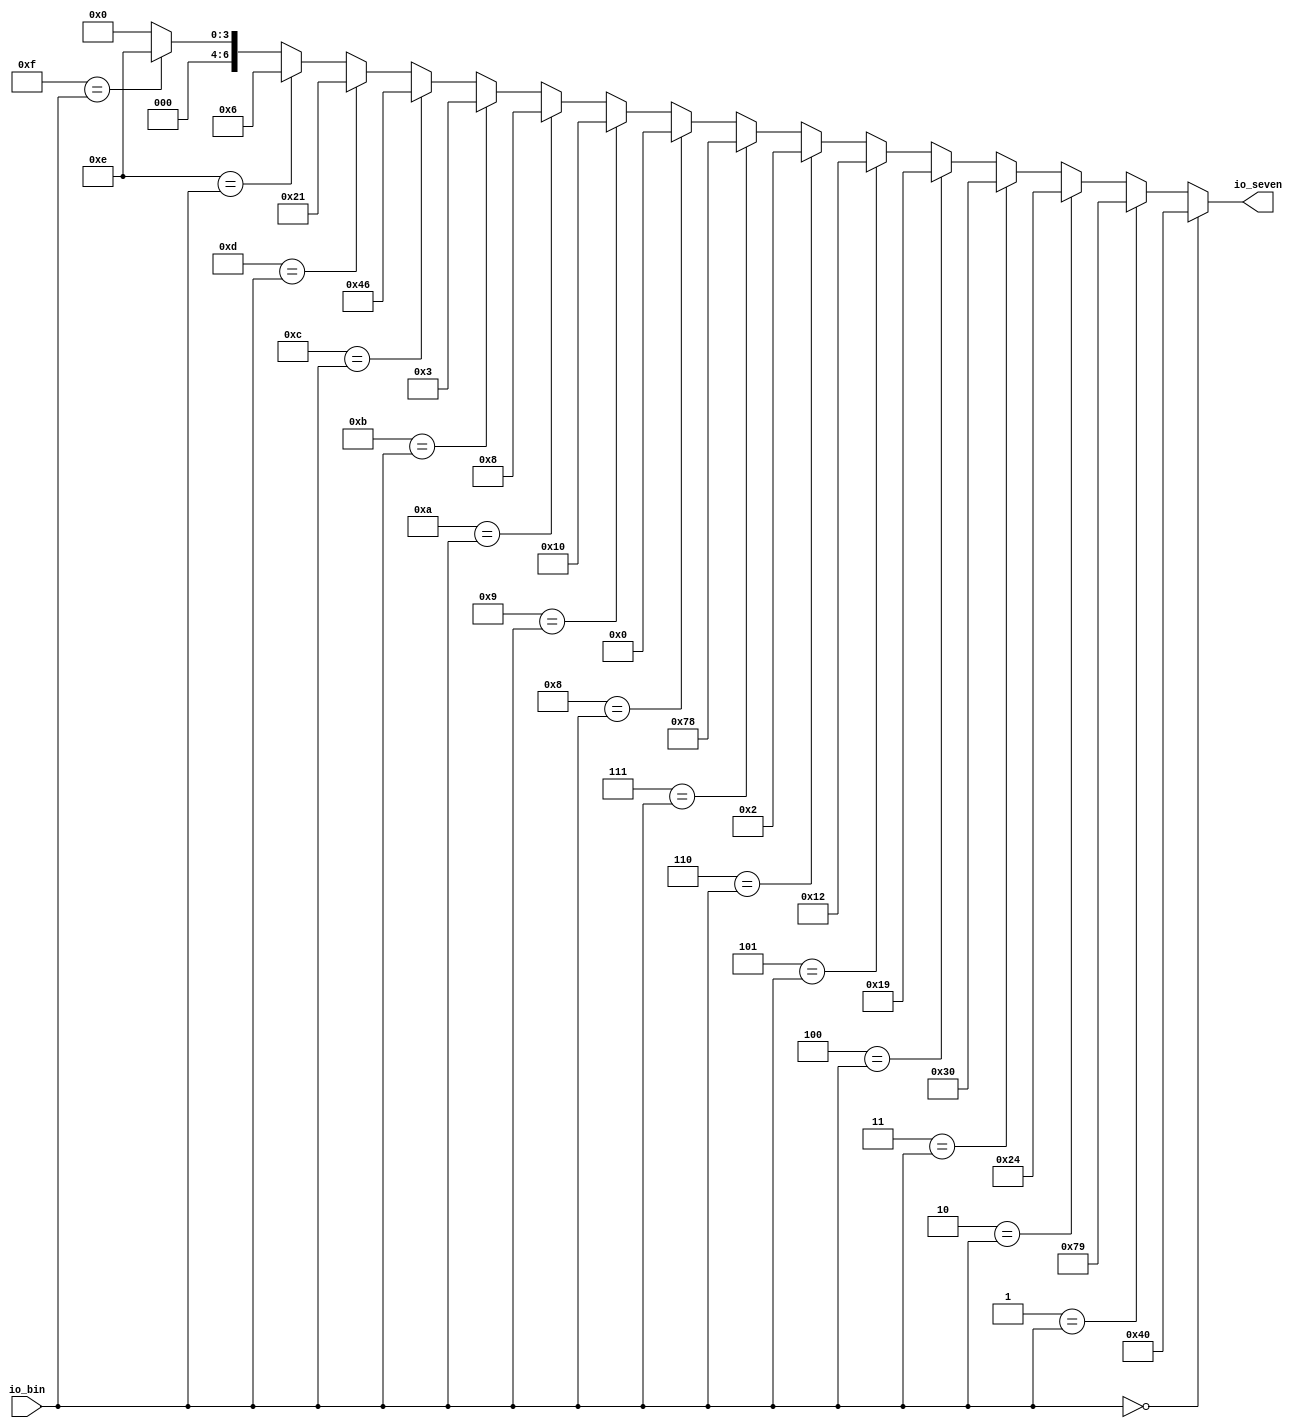
module decoder(
  input  [3:0] io_bin,
  output [6:0] io_seven
);
  wire  _T = 4'h0 == io_bin; // @[Conditional.scala 37:30]
  wire  _T_1 = 4'h1 == io_bin; // @[Conditional.scala 37:30]
  wire  _T_2 = 4'h2 == io_bin; // @[Conditional.scala 37:30]
  wire  _T_3 = 4'h3 == io_bin; // @[Conditional.scala 37:30]
  wire  _T_4 = 4'h4 == io_bin; // @[Conditional.scala 37:30]
  wire  _T_5 = 4'h5 == io_bin; // @[Conditional.scala 37:30]
  wire  _T_6 = 4'h6 == io_bin; // @[Conditional.scala 37:30]
  wire  _T_7 = 4'h7 == io_bin; // @[Conditional.scala 37:30]
  wire  _T_8 = 4'h8 == io_bin; // @[Conditional.scala 37:30]
  wire  _T_9 = 4'h9 == io_bin; // @[Conditional.scala 37:30]
  wire  _T_10 = 4'ha == io_bin; // @[Conditional.scala 37:30]
  wire  _T_11 = 4'hb == io_bin; // @[Conditional.scala 37:30]
  wire  _T_12 = 4'hc == io_bin; // @[Conditional.scala 37:30]
  wire  _T_13 = 4'hd == io_bin; // @[Conditional.scala 37:30]
  wire  _T_14 = 4'he == io_bin; // @[Conditional.scala 37:30]
  wire  _T_15 = 4'hf == io_bin; // @[Conditional.scala 37:30]
  wire [7:0] _GEN_0 = _T_15 ? 8'h8e : 8'h0; // @[Conditional.scala 39:67 decoder.scala 29:21]
  wire [7:0] _GEN_1 = _T_14 ? 8'h86 : _GEN_0; // @[Conditional.scala 39:67 decoder.scala 28:21]
  wire [7:0] _GEN_2 = _T_13 ? 8'ha1 : _GEN_1; // @[Conditional.scala 39:67 decoder.scala 27:21]
  wire [7:0] _GEN_3 = _T_12 ? 8'hc6 : _GEN_2; // @[Conditional.scala 39:67 decoder.scala 26:21]
  wire [7:0] _GEN_4 = _T_11 ? 8'h83 : _GEN_3; // @[Conditional.scala 39:67 decoder.scala 25:21]
  wire [7:0] _GEN_5 = _T_10 ? 8'h88 : _GEN_4; // @[Conditional.scala 39:67 decoder.scala 24:21]
  wire [7:0] _GEN_6 = _T_9 ? 8'h90 : _GEN_5; // @[Conditional.scala 39:67 decoder.scala 23:20]
  wire [7:0] _GEN_7 = _T_8 ? 8'h80 : _GEN_6; // @[Conditional.scala 39:67 decoder.scala 22:20]
  wire [7:0] _GEN_8 = _T_7 ? 8'hf8 : _GEN_7; // @[Conditional.scala 39:67 decoder.scala 21:20]
  wire [7:0] _GEN_9 = _T_6 ? 8'h82 : _GEN_8; // @[Conditional.scala 39:67 decoder.scala 20:20]
  wire [7:0] _GEN_10 = _T_5 ? 8'h92 : _GEN_9; // @[Conditional.scala 39:67 decoder.scala 19:20]
  wire [7:0] _GEN_11 = _T_4 ? 8'h99 : _GEN_10; // @[Conditional.scala 39:67 decoder.scala 18:20]
  wire [7:0] _GEN_12 = _T_3 ? 8'hb0 : _GEN_11; // @[Conditional.scala 39:67 decoder.scala 17:20]
  wire [7:0] _GEN_13 = _T_2 ? 8'ha4 : _GEN_12; // @[Conditional.scala 39:67 decoder.scala 16:20]
  wire [7:0] _GEN_14 = _T_1 ? 8'hf9 : _GEN_13; // @[Conditional.scala 39:67 decoder.scala 15:20]
  wire [7:0] _GEN_15 = _T ? 8'hc0 : _GEN_14; // @[Conditional.scala 40:58 decoder.scala 14:20]
  assign io_seven = _GEN_15[6:0]; // @[decoder.scala 32:12]
endmodule
module bin27(
  input        clock,
  input        reset,
  input  [3:0] io_bin,
  output [6:0] io_seven
);
  wire [3:0] display_io_bin; // @[Hello.scala 9:23]
  wire [6:0] display_io_seven; // @[Hello.scala 9:23]
  decoder display ( // @[Hello.scala 9:23]
    .io_bin(display_io_bin),
    .io_seven(display_io_seven)
  );
  assign io_seven = display_io_seven; // @[Hello.scala 11:6]
  assign display_io_bin = io_bin; // @[Hello.scala 11:6]
endmodule